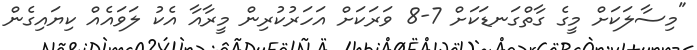
"މިސާލަކަށް މީގެ ގާތްގަނޑަކަށް 7-8 ވަރަކަށް އަހަރުކުރިން މީރާއާ އެކު ލަވައެއް ކިޔައިގެން